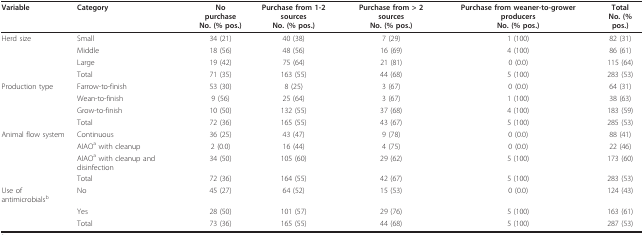
<table><thead><tr><td><b>Variable</b></td><td><b>Category</b></td><td><b>No purchase No. (% pos.)</b></td><td><b>Purchase from 1-2 sourcesNo. (% pos.)</b></td><td><b>Purchase from &gt; 2 sourcesNo. (% pos.)</b></td><td><b>Purchase from weaner-to-grower producersNo. (% pos.)</b></td><td><b>TotalNo. (% pos.)</b></td></tr></thead><tbody><tr><td>Herd size</td><td>Small</td><td>34 (21)</td><td>40 (38)</td><td>7 (29)</td><td>1 (100)</td><td>82 (31)</td></tr><tr><td></td><td>Middle</td><td>18 (56)</td><td>48 (56)</td><td>16 (69)</td><td>4 (100)</td><td>86 (61)</td></tr><tr><td></td><td>Large</td><td>19 (42)</td><td>75 (64)</td><td>21 (81)</td><td>0 (0.0)</td><td>115 (64)</td></tr><tr><td></td><td>Total</td><td>71 (35)</td><td>163 (55)</td><td>44 (68)</td><td>5 (100)</td><td>283 (53)</td></tr><tr><td>Production type</td><td>Farrow-to-finish</td><td>53 (30)</td><td>8 (25)</td><td>3 (67)</td><td>0 (0.0)</td><td>64 (31)</td></tr><tr><td></td><td>Wean-to-finish</td><td>9 (56)</td><td>25 (64)</td><td>3 (67)</td><td>1 (100)</td><td>38 (63)</td></tr><tr><td></td><td>Grow-to-finish</td><td>10 (50)</td><td>132 (55)</td><td>37 (68)</td><td>4 (100)</td><td>183 (59)</td></tr><tr><td></td><td>Total</td><td>72 (36)</td><td>165 (55)</td><td>43 (67)</td><td>5 (100)</td><td>285 (53)</td></tr><tr><td>Animal flow system</td><td>Continuous</td><td>36 (25)</td><td>43 (47)</td><td>9 (78)</td><td>0 (0.0)</td><td>88 (41)</td></tr><tr><td></td><td>AIAO<sup>a </sup>with cleanup</td><td>2 (0.0)</td><td>16 (44)</td><td>4 (75)</td><td>0 (0.0)</td><td>22 (46)</td></tr><tr><td></td><td>AIAO<sup>a </sup>with cleanup and disinfection</td><td>34 (50)</td><td>105 (60)</td><td>29 (62)</td><td>5 (100)</td><td>173 (60)</td></tr><tr><td></td><td>Total</td><td>72 (36)</td><td>164 (55)</td><td>42 (67)</td><td>5 (100)</td><td>283 (53)</td></tr><tr><td>Use of antimicrobials<sup>b</sup></td><td>No</td><td>45 (27)</td><td>64 (52)</td><td>15 (53)</td><td>0 (0.0)</td><td>124 (43)</td></tr><tr><td></td><td>Yes</td><td>28 (50)</td><td>101 (57)</td><td>29 (76)</td><td>5 (100)</td><td>163 (61)</td></tr><tr><td></td><td>Total</td><td>73 (36)</td><td>165 (55)</td><td>44 (68)</td><td>5 (100)</td><td>287 (53)</td></tr></tbody></table>